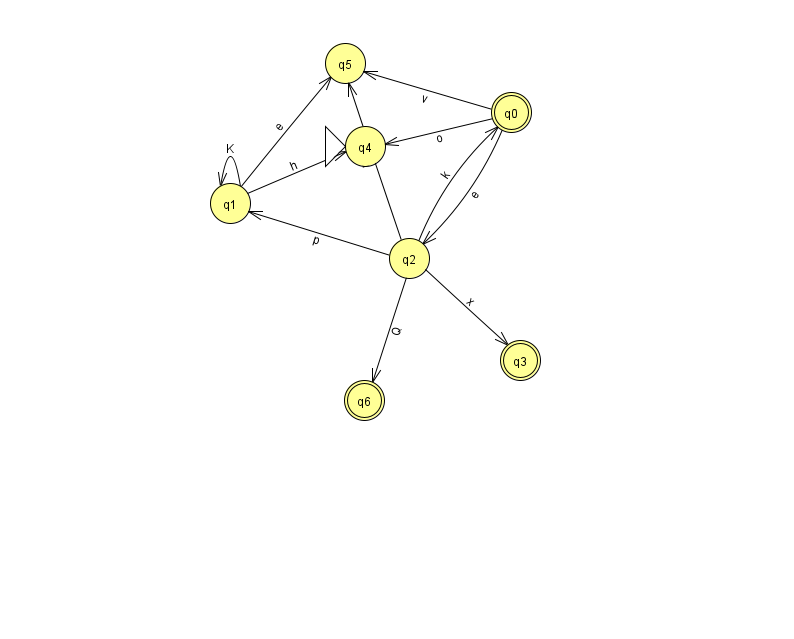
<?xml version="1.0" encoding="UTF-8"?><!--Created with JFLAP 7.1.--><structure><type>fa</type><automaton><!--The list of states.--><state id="0" name="q0"><x>511.0</x><y>99.0</y><final/></state><state id="1" name="q1"><x>230.0</x><y>190.0</y></state><state id="2" name="q2"><x>409.0</x><y>245.0</y></state><state id="3" name="q3"><x>520.0</x><y>347.0</y><final/></state><state id="4" name="q4"><x>365.0</x><y>133.0</y><initial/></state><state id="5" name="q5"><x>345.0</x><y>50.0</y></state><state id="6" name="q6"><x>364.0</x><y>387.0</y><final/></state><!--The list of transitions.--><transition><from>0</from><to>4</to><read>o</read></transition><transition><from>1</from><to>5</to><read>e</read></transition><transition><from>0</from><to>2</to><read>e</read></transition><transition><from>2</from><to>3</to><read>x</read></transition><transition><from>2</from><to>0</to><read>k</read></transition><transition><from>2</from><to>6</to><read>Q</read></transition><transition><from>2</from><to>1</to><read>p</read></transition><transition><from>1</from><to>1</to><read>K</read></transition><transition><from>0</from><to>5</to><read>v</read></transition><transition><from>1</from><to>4</to><read>h</read></transition><transition><from>2</from><to>5</to><read>u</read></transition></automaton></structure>